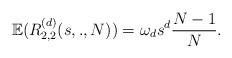
LaTeX: \begin{align*}\mathbb{E}(R_{2,2}^{(d)}(s, . ,N))=\omega_ds^d\frac{N-1}{N}.\end{align*}